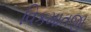
વિકમાતજી